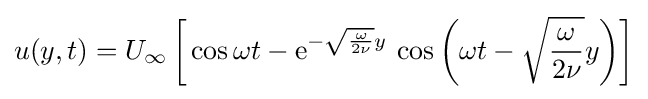
u(y,t)=U_{\infty }\left[\,\cos \omega t-{\text{e}}^{-{\sqrt {\frac {\omega }{2\nu }}}y}\,\cos \left(\omega t-{\sqrt {\frac {\omega }{2\nu }}}y\right)\right]